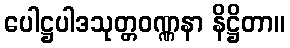
ပေါဋ္ဌပါဒသုတ္တဝဏ္ဏနာ နိဋ္ဌိတာ။